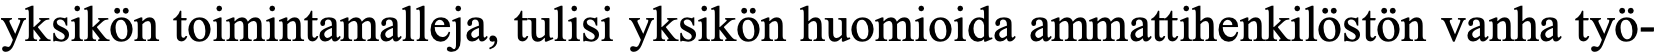
yksikön toimintamalleja, tulisi yksikön huomioida ammattihenkilöstön vanha työ-